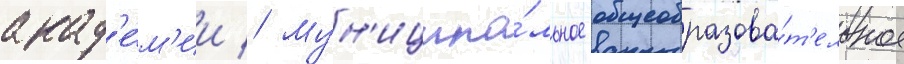
акад'е́м'ии // Мун'иципа́льное общеобразова́т'ельное